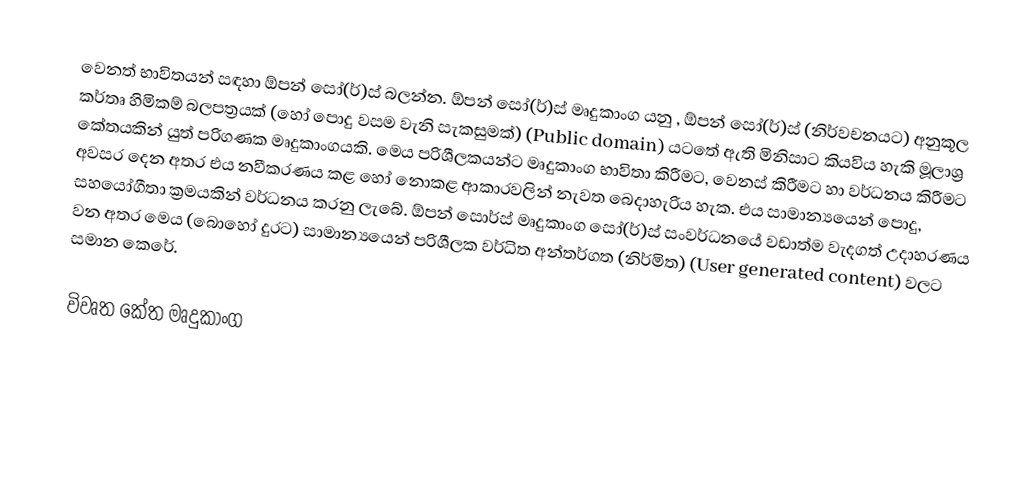
වෙනත් භාවිතයන් සඳහා ඕපන් සෝ(ර්)ස් බලන්න. ඕපන් සෝ(ර්)ස් මෘදුකාංග යනු , ඕපන් සෝ(ර්)ස් (නිර්වචනයට) අනුකූල කර්තෘ හිමිකම් බලපත්‍රයක් (හෝ පොදු වසම වැනි සැකසුමක්) (Public domain) යටතේ ඇති මිනිසාට කියවිය හැකි මූලාශ්‍ර කේතයකින් යුත් පරිගණක මෘදුකාංගයකි. මෙය පරිශීලකයන්ට මෘදුකාංග භාවිතා කිරීමට, වෙනස් කිරීමට හා වර්ධනය කිරීමට අවසර දෙන අතර එය නවීකරණය කළ හෝ නොකළ ආකාරවලින් නැවත බෙදාහැරිය හැක. එය සාමාන්‍යයෙන් පොදු, සහයෝගීතා ක්‍රමයකින් වර්ධනය කරනු ලැබේ. ඕපන් සොර්ස් මෘදුකාංග සෝ(ර්)ස් සංවර්ධනයේ වඩාත්ම වැදගත් උදාහරණය වන අතර මෙය (බොහෝ දුරට) සාමාන්‍යයෙන් පරිශීලක වර්ධිත අන්තර්ගත (නිර්මිත) (User generated content) වලට සමාන කෙරේ.

විවෘත කේත මෘදුකාංග